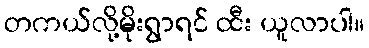
တကယ်လို့မိုးရွာရင် ထီး ယူလာပါ။